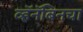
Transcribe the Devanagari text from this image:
व्हॅनॅबिनचा